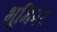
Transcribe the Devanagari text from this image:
भूमिपर